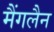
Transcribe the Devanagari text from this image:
मैंगलैन